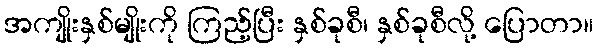
အကျိုးနှစ်မျိုးကို ကြည့်ပြီး နှစ်ခုစီ၊ နှစ်ခုစီလို့ ပြောတာ။